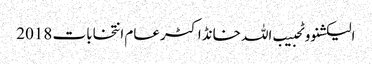
الیکشنووٹحبیب اللہ خانڈاکٹرعام انتخابات 2018